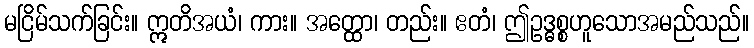
မငြိမ်သက်ခြင်း။ ဣတိအယံ၊ ကား။ အတ္ထော၊ တည်း။ ဧတံ၊ ဤဥဒ္ဓစ္စဟူသောအမည်သည်။